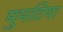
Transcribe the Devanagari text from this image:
मुमटिया